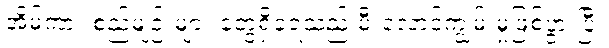
အိမ်ကား စည်မျဉ်းများ တွေရှိခဲ့ရသည် မီးလောင်ကျွမ်းမှုဖြစ်ပွားပြီး